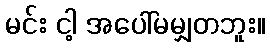
မင်း ငါ့ အပေါ်မမျှတဘူး။